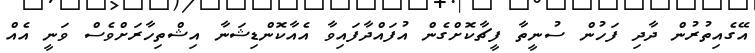
އޭގެއިތުރުން ދާދި ފަހުން ސުނީތާ ފީޗާކޮށްގެން އުފައްދާފައިވާ އެއާކޮންޑިޝަނާ އިޝްތިހާރަށްވެސް ވަނީ އެއް